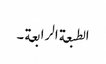
الطبعة الرابعة ۔